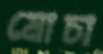
মোচা